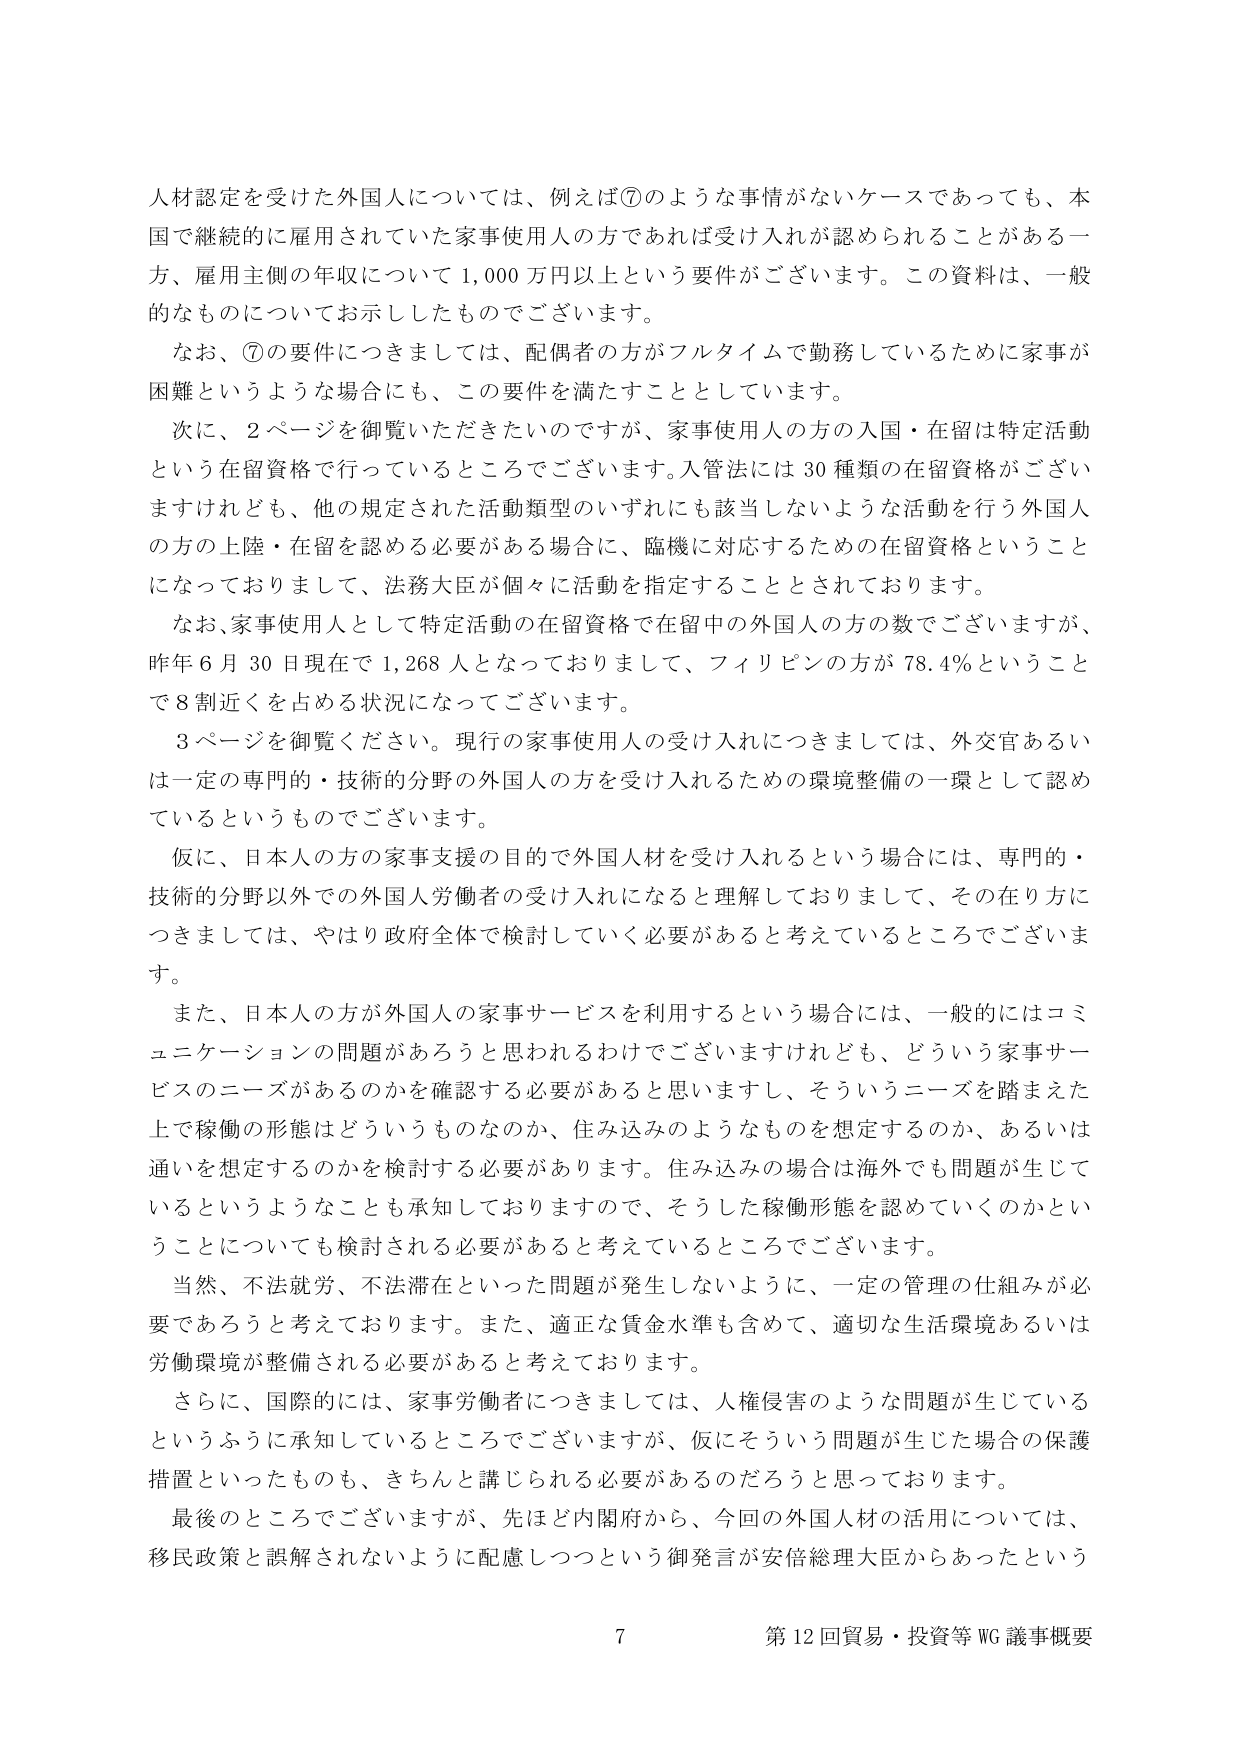
人材認定を受けた外国人については、例えば⑦のような事情がないケースであっても、本国で継続的に雇用されていた家事使用人の方であれば受け入れが認められることがある一方、雇用主側の年収について1,000万円以上という要件がございます。この資料は、一般的なものについてお示ししたものでございます。

なお、⑦の要件につきましては、配偶者の方がフルタイムで勤務しているために家事が困難というような場合にも、この要件を満たすこととしています。

次に、2ページを御覧いただきたいのですが、家事使用人の方の入国・在留は特定活動という在留資格で行っているところでございます。入管法には30種類の在留資格がございますけれども、他の規定された活動類型のいずれにも該当しないような活動を行う外国人の方の上陸・在留を認める必要がある場合に、臨機に対応するための在留資格ということになっておりまして、法務大臣が個々に活動を指定することとされております。

なお、家事使用人として特定活動の在留資格で在留中の外国人の方の数でございますが、昨年6月30日現在で1,268人となっておりまして、フィリピンの方が78.4％ということで8割近くを占める状況になってございます。

3ページを御覧ください。現行の家事使用人の受け入れにつきましては、外交官あるいは一定の専門的・技術的分野の外国人の方を受け入れるための環境整備の一環として認めているというものです。

仮に、日本人の方の家事支援の目的で外国人材を受け入れるという場合には、専門的・技術的分野以外での外国人労働者の受け入れになると理解しておりまして、その在り方につきましては、やはり政府全体で検討していく必要があると考えているところでございます。

また、日本人の方が外国人の家事サービスを利用するという場合には、一般的にはコミュニケーションの問題があろうと思われるわけでございますけれども、どういう家事サービスのニーズがあるのかを確認する必要があると思いますし、そういうニーズを踏まえた上で稼働の形態はどういうものなのか、住み込みのようなものを想定するのか、あるいは通いを想定するのかを検討する必要があります。住み込みの場合は海外でも問題が生じているというようなことも承知しておりますので、そうした稼働形態を認めていくのかということについても検討される必要があると考えているところでございます。

当然、不法就労、不法滞在といった問題が発生しないように、一定の管理の仕組みが必要であろうと考えております。また、適正な賃金水準も含めて、適切な生活環境あるいは労働環境が整備される必要があると考えております。

さらに、国際的には、家事労働者につきましては、人権侵害のような問題が生じているというふうに承知しているところでございますが、仮にそういう問題が生じた場合の保護措置といったものも、きちんと講じられる必要があるのだろうと思っております。

最後のところでございますが、先ほど内閣府から、今回の外国人材の活用については、移民政策と誤解されないように配慮しつつという御発言が安倍総理大臣からあったという

7 第12回貿易・投資等WG議事概要